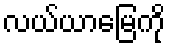
လယ်ယာမြေကို